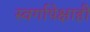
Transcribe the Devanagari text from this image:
स्वर्गापेक्षाही